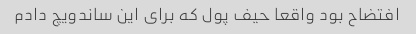
افتضاح بود واقعا حیف پول که برای این ساندویچ دادم